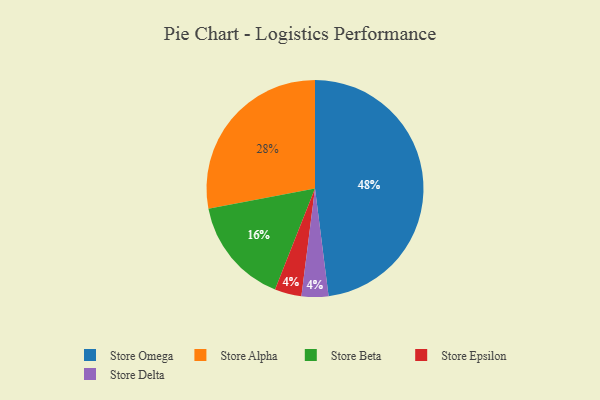
{"axis": {"x": "Category", "y": "Percentage"}, "legend": ["Store Alpha", "Store Beta", "Store Delta", "Store Epsilon", "Store Omega"], "data": [{"x": "Store Beta", "y": 16, "type": "Store Beta"}, {"x": "Store Epsilon", "y": 4, "type": "Store Epsilon"}, {"x": "Store Alpha", "y": 28, "type": "Store Alpha"}, {"x": "Store Delta", "y": 4, "type": "Store Delta"}, {"x": "Store Omega", "y": 48, "type": "Store Omega"}]}